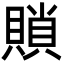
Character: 䞆